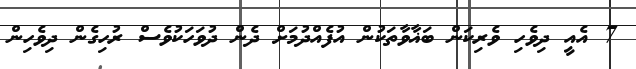
7 އެއީ ދިވެހި ވެރިކަން ބަޣާވާތަކުން އުފެއްދުމަށް ދެން ދުވަހަކުވެސް ރުހިގެން ދިވެހިން